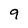
Character: 9